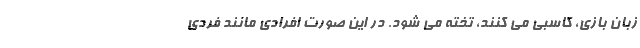
زبان بازی، کاسبی می کنند، تخته می شود. در این صورت افرادی مانند فردی